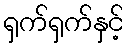
ရှက်ရှက်နှင့်